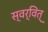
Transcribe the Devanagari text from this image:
स्वर्वित्